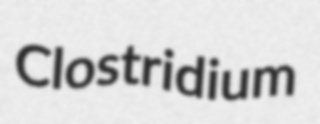
Clostridium